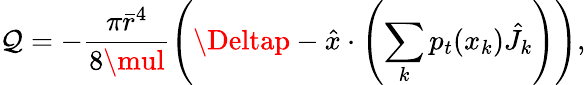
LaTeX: \mathcal{Q}=-\frac{{\pi\bar{{r}}^{4}}}{{8\mul}}\left(\Deltap-\hat{{x}}\cdot\left(\sum_{k}p_{t}(x_{k})\hat{{J}}_{k}\right)\right),